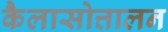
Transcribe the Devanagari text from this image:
कैलासोत्तालन